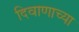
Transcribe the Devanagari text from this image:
दिवाणाच्या